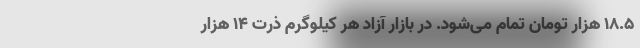
۱۸.۵ هزار تومان تمام می‌شود. در بازار آزاد هر کیلوگرم ذرت ۱۴ هزار